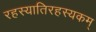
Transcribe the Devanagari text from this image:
रहस्यातिरहस्यकम्